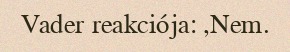
Vader reakciója: ,Nem.